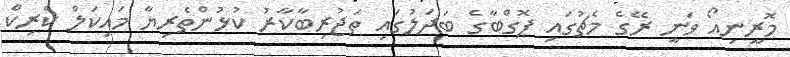
މޮރީނިއޯ ވަނީ ރޭގެ މެޗުގައި ޕޮގްބާގެ ބަދަލުގައި ތަޖުރިބާކާރު ކުޅުންތެރިޔާ މައިކަލް ކެރިކް